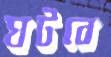
ঘটবে